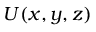
U ( x , y , z )